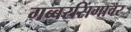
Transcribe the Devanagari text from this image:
गब्बरसिंगावर